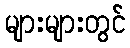
များများတွင်